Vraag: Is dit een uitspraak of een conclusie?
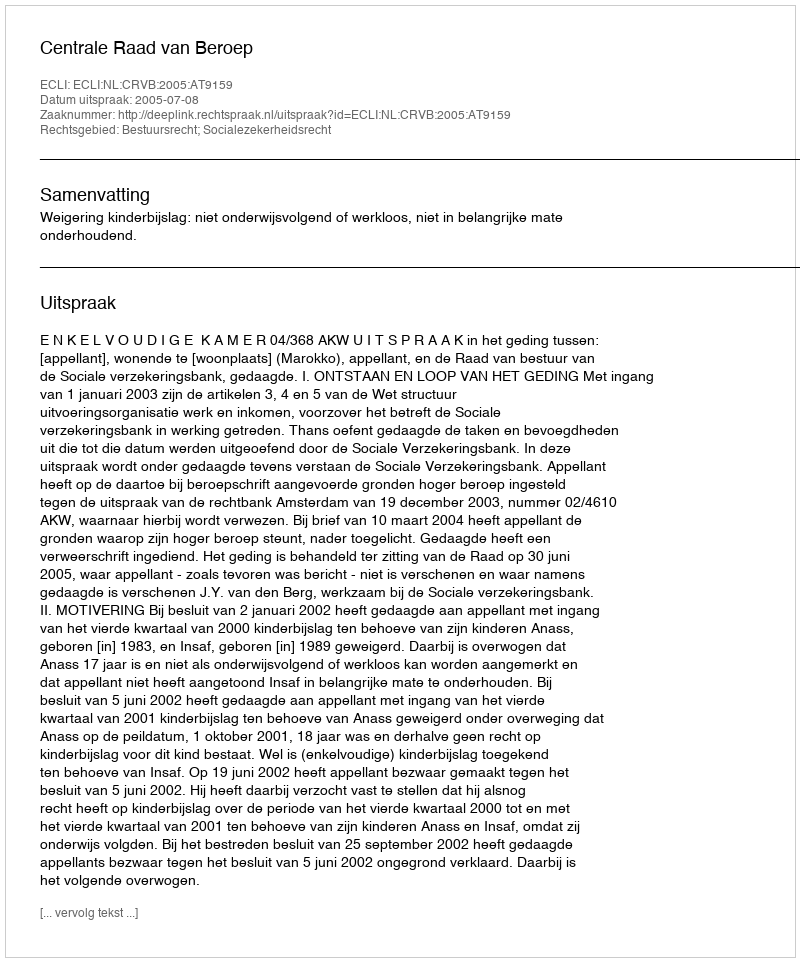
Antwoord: Uitspraak